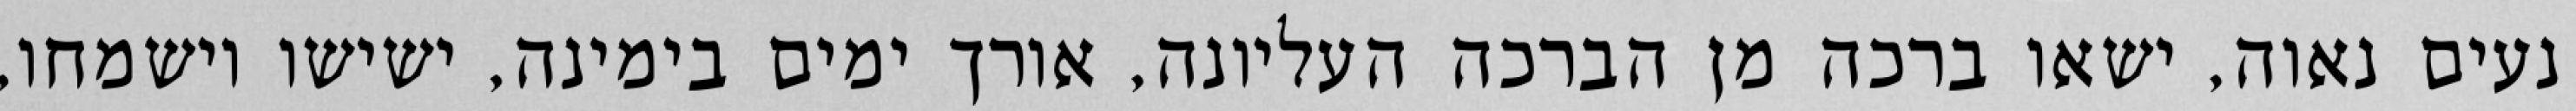
נעים נאוה, ישאו ברכה מן הברכה העליונה, אורך ימים בימינה, ישישו וישמחו,